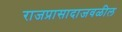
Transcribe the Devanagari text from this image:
राजप्रासादाजवळील